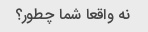
نه واقعا شما چطور؟